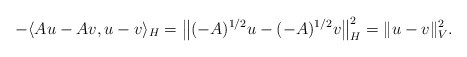
\begin{align*}-\langle A u-A v,u- v\rangle_{H}=\big\|(-A)^{1/2}u-(-A)^{1/2}v\big\|_{ H}^2=\|u-v\|_{V}^2.\end{align*}